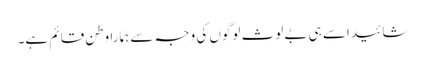
شائید اسے ہی بے لوث لوگوں کی وجہ سے ہمارا وطن قائم ہے۔